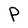
Character: P